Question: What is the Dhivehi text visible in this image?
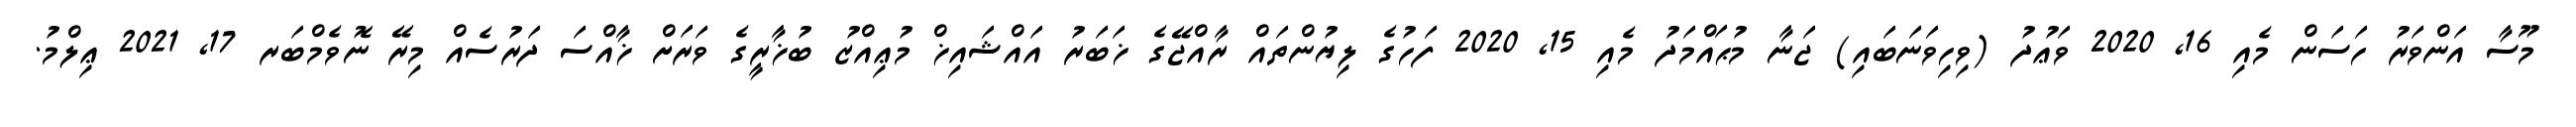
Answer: މޫސާ އަންވަރު ހަސަން މެއި 16, 2020 ވަޢުދު (ވިހިވަނަބައި) ޖަނާ މުޙައްމަދު މެއި 15, 2020 ފަހުގެ ލިޔުންތައް ރާއްޖޭގެ ޚަބަރު އައްޝައިޚް މުޢިއްޒު ބުޚާރީގެ ވަރަށް ޚާއްސަ ދަރުސެއް މިރޭ ނޮވެމްބަރ 17, 2021 ޢިލްމު.